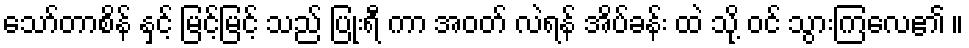
သော်တာစိန် နှင့် မြင့်မြင့် သည် ပြုံးရီ ကာ အဝတ် လဲရန် အိပ်ခန်း ထဲ သို့ ဝင် သွားကြလေ၏ ။